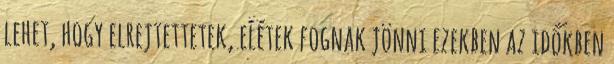
lehet, hogy elrejtettetek, elétek fognak jönni ezekben az időkben